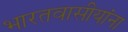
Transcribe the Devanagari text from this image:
भारतवासीयांना